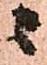
ニ